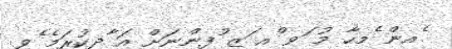
ެއން ެމހާ މު ަވ ްއ ަޒ ުފންނަށް އަ ާދކުރަމެ ެވ